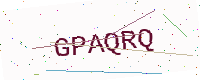
Text: GPAQRQ